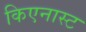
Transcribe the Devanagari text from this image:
किएनास्ट